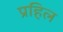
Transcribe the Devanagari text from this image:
प्रहिल